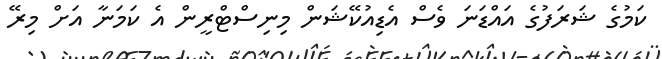
ކަމުގެ ޝަރަފުގެ އައްޑަނަ ވެސް އެޑިއުކޭޝަން މިނިސްޓްރީން އެ ކަމަނާ އަށް މިރޭ